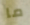
ما